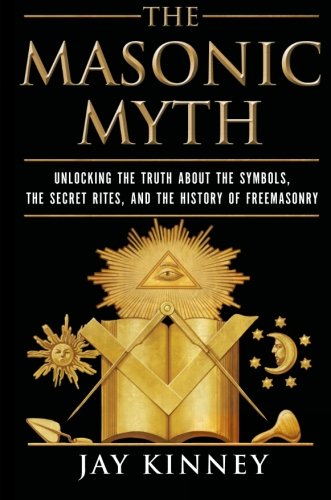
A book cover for The Masonic Myth: Unlocking the Truth About the Symbols, the Secret Rites, and the History of Freemasonry; Jay Kinney; Religion & Spirituality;